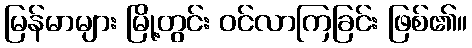
မြန်မာများ မြို့တွင်း ဝင်လာကြခြင်း ဖြစ်၏။